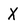
Character: X